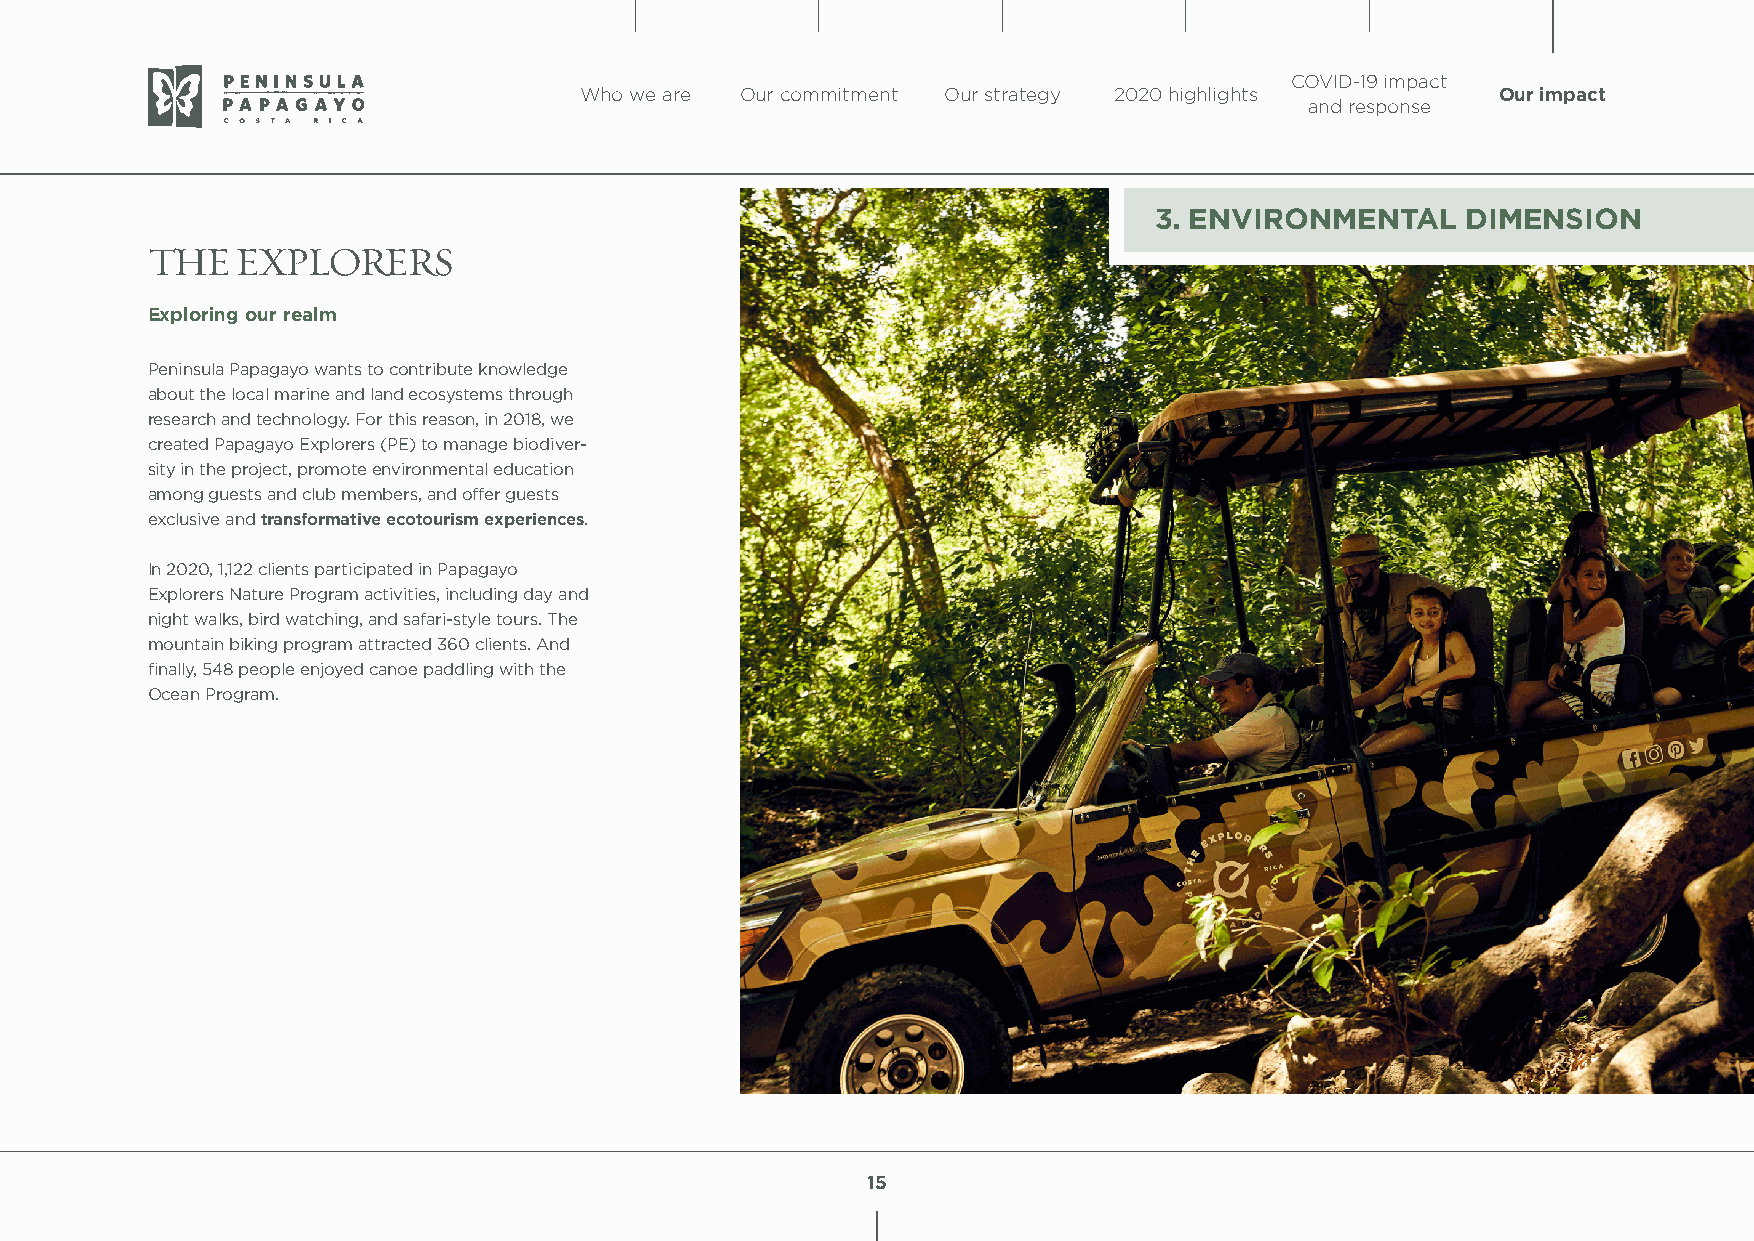
COVID-19 impact
 Who we are Our commitment Our strategy 2020 highlights       Our impact
 and response
 3. ENVIRONMENTAL     DIMENSION
 THE   EXPLORERS
 Exploring our realm
 Peninsula Papagayo wants to contribute knowledge
 about the local marine and land ecosystems through
 research and technology. For this reason, in 2018, we
 created Papagayo Explorers (PE) to manage biodiver-
 sity in the project, promote environmental education
 among guests and club members, and offer guests
 exclusive and transformative ecotourism experiences.
 In 2020, 1,122 clients participated in Papagayo
 Explorers Nature Program activities, including day and
 night walks, bird watching, and safari-style tours. The
 mountain biking program attracted 360 clients. And
 finally, 548 people enjoyed canoe paddling with the
 Ocean Program.
 15